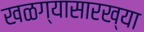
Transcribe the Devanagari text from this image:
खळग्यासारख्या